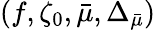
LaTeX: (f,\zeta_{0},\bar{\mu},\Delta_{\bar{\mu}})